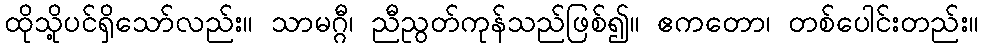
ထိုသို့ပင်ရှိသော်လည်း။ သာမဂ္ဂီ၊ ညီညွတ်ကုန်သည်ဖြစ်၍။ ဧကတော၊ တစ်ပေါင်းတည်း။